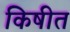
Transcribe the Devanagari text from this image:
किषीत